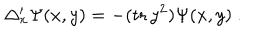
\Delta _ { x } ^ { \prime } \Psi ( x , y ) = - ( \mathrm { t r } \, y ^ { 2 } ) \Psi ( x , y ) \ .